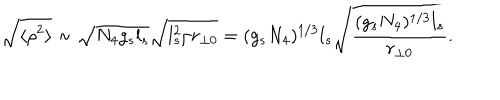
\sqrt { \langle \rho ^ { 2 } \rangle } \sim \sqrt { N _ { 4 } g _ { s } l _ { s } } \sqrt { l _ { s } ^ { 2 } / r _ { \perp 0 } } = ( g _ { s } N _ { 4 } ) ^ { 1 / 3 } l _ { s } \sqrt { \frac { ( g _ { s } N _ { 4 } ) ^ { 1 / 3 } l _ { s } } { r _ { \perp 0 } } } .